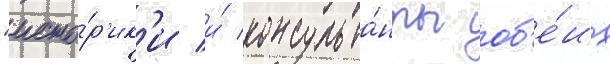
"исто́р'ик'и и́ консульта́нты об'е́их